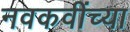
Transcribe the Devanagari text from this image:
नवकवींच्या